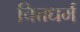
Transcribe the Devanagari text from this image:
चित्तधर्म